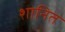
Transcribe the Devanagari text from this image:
शानित